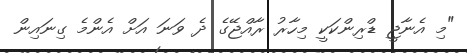
"މި އެނާޖީ ޑްރިންކަކީ މިހާރު ރާއްޖޭގެ ދެ ވަނަ އަށް އެންމެ ގިނައިން